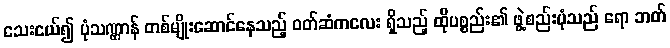
သေးငယ်၍ ပုံသဏ္ဌာန် တစ်မျိုးဆောင်နေသည့် ဝတ်ဆံကလေး ရှိသည့် ထိုပစ္စည်း၏ ဖွဲ့စည်းပုံသည် ရော ဘတ်